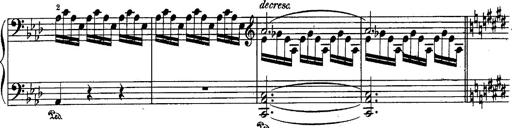
Title: Schubert's Impromptus [revised and edited by Franz Liszt]
Composer: Franz Liszt